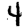
Digit: 4